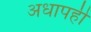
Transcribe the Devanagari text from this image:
अधापही